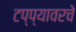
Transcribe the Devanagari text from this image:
टप्प्यावरचे